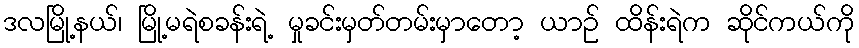
ဒလမြို့နယ်၊ မြို့မရဲစခန်းရဲ့ မှုခင်းမှတ်တမ်းမှာတော့ ယာဉ် ထိန်းရဲက ဆိုင်ကယ်ကို